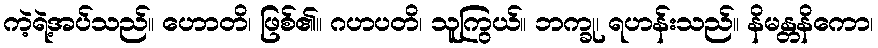
ကဲ့ရဲ့အပ်သည်။ ဟောတိ၊ ဖြစ်၏။ ဂဟပတိ၊ သူကြွယ်။ ဘက္ခု၊ ရဟန်းသည်။ နိမန္တနိကော၊